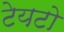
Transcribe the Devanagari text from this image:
टेयटो